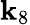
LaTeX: \mathbf{k}_{8}